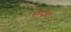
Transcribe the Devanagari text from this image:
रोपचा